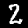
Digit: 2